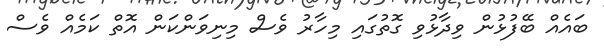
ބައެއް ބޭފުޅުން ވިދާޅުވި ގޮތުގައި މިހާރު ވެސް މިނިވަންކަން އޮތް ކަމެއް ވެސް